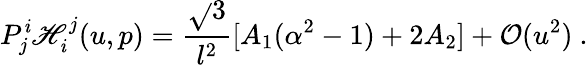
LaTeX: P_{j}^{\mathit{i}}\mathscr{H}_{\mathit{i}}^{j}(u,p)=\frac{{\sqrt{}{{3}}}}{{l^{2}}}[A_{1}(\alpha^{2}-1)+2A_{2}]+\mathcal{{O}}(u^{2})~.